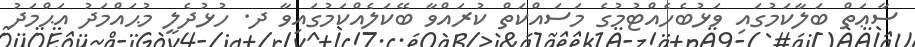
ސާޢަތް ބަލާކަމުގައި ވަޅުބެހެއްޓުމުގެ މަސައްކަތް ކުރައްވާ ބޭކަލެއްކަމުގައިވާ ދ. ހުޅުދެލީ މުޙައްމަދު އަޙްމަދު